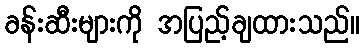
ခန်းဆီးများကို အပြည့်ချထားသည်။